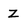
Character: z